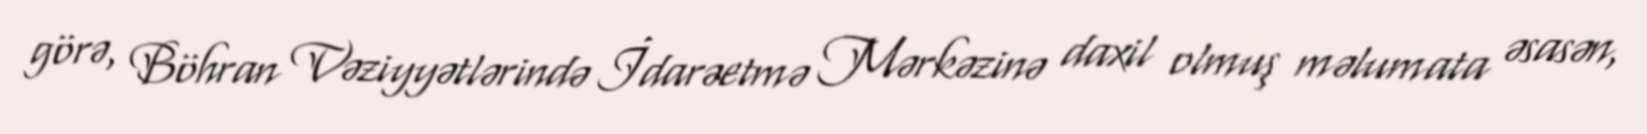
görə, Böhran Vəziyyətlərində İdarəetmə Mərkəzinə daxil olmuş məlumata əsasən,